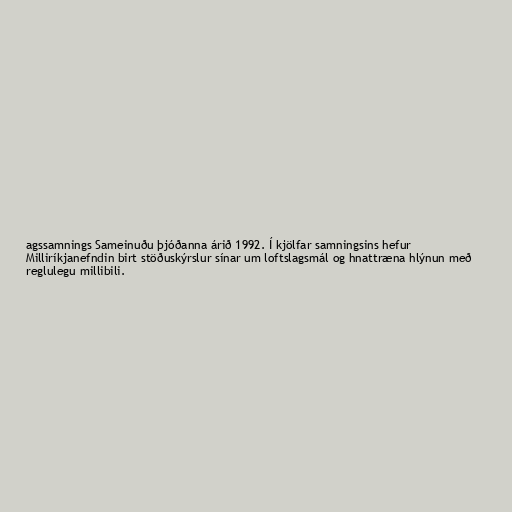
agssamnings Sameinuðu þjóðanna árið 1992. Í kjölfar samningsins hefur
Milliríkjanefndin birt stöðuskýrslur sínar um loftslagsmál og hnattræna hlýnun með
reglulegu millibili.